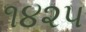
૧૪૨૫